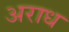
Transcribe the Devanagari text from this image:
अराध